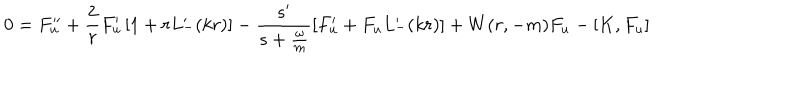
LaTeX: 0 = F _ { u } ^ { \prime \prime } + \frac { 2 } { r } F _ { u } ^ { \prime } \left[ 1 + r L _ { - } ^ { \prime } ( k r ) \right] - \frac { s ^ { \prime } } { s + \frac { \omega } { m } } \left[ F _ { u } ^ { \prime } + F _ { u } L _ { - } ^ { \prime } ( k r ) \right] + W ( r , - m ) F _ { u } - \left[ K , F _ { u } \right]